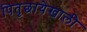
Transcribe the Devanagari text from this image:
पितृछायेखाली